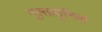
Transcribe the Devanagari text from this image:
मूलप्रवृनिक